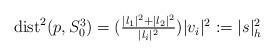
LaTeX: \begin{align*}\begin{array}[c]{c}\mathrm{dist}^{2}(p,S_{0}^{3})=(\frac{|l_{1}|^{2}+|l_{2}|^{2}}{|l_{i}|^{2}})|v_{i}|^{2}:=|s|_{h}^{2}\end{array}\end{align*}